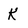
Character: K